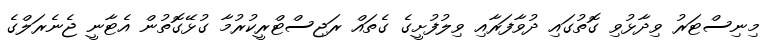
މިނިސްޓަރު ވިދާޅުވި ގޮތުގައި ދުވާފަރާއި ވިލުފުށީގެ ގެތައް ރަޖިސްޓްރީކުރުމާ ގުޅޭގޮތުން އެޓާނީ ޖެނެރަލްގެ